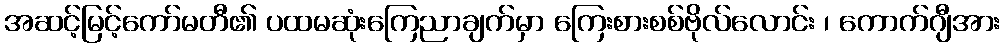
အဆင့်မြင့်ကော်မတီ၏ ပထမဆုံးကြေညာချက်မှာ ကြေးစားစစ်ဗိုလ်လောင်း ၊ ကောက်ဂျီအား